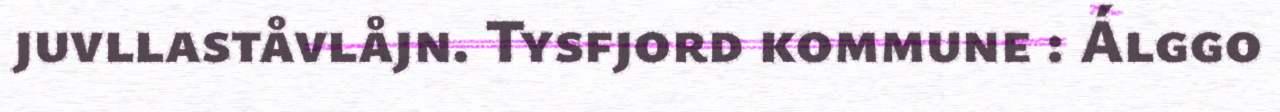
juvllaståvlåjn. Tysfjord kommune : Álggo